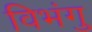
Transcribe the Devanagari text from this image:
विभंगु